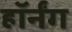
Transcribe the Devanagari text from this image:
हॉर्नंग